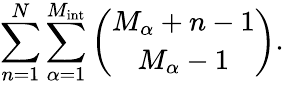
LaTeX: \sum_{n=1}^{N}\sum_{\alpha=1}^{M_{\mathrm{int}}}{\binom{M_{\alpha}+n-1}{M_{\alpha}-1}}.